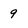
Character: 9